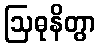
ဩဓုနိတွာ